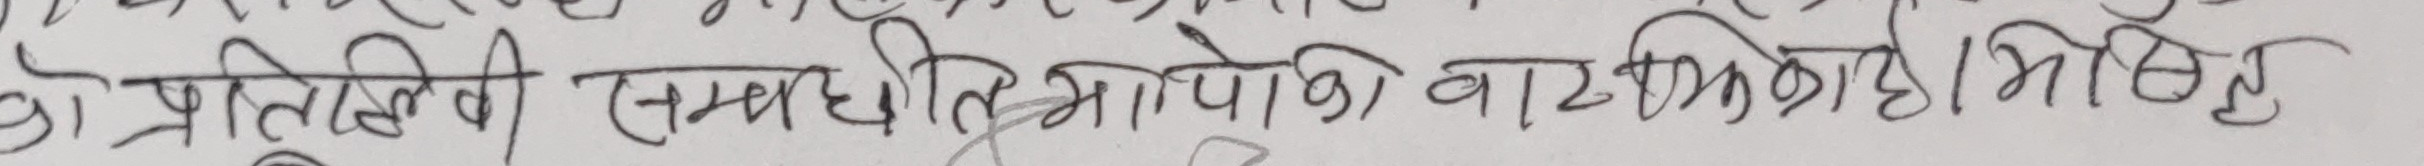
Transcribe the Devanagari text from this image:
को प्रतिलिपी समाधीलिओकिको वाशिकिकीको झिउनु